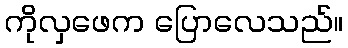
ကိုလှဖေက ပြောလေသည်။